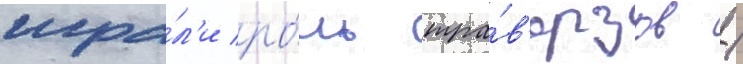
игра́л'и ро́ль тра́в'ерзов /